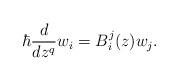
LaTeX: \begin{align*}\hbar \frac{d}{dz^q}w_i= B^j_i(z)w _j.\end{align*}